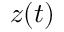
z ( t )